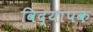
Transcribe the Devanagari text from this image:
विद्यापक